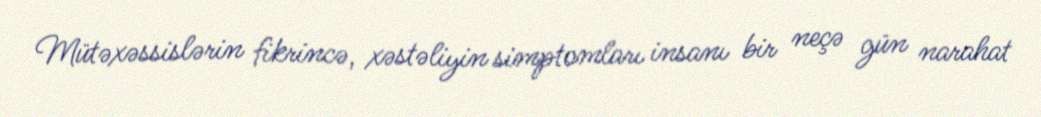
Mütəxəssislərin fikrincə, xəstəliyin simptomları insanı bir neçə gün narahat